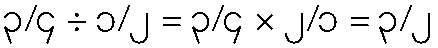
၃/၄ ÷ ၁/၂ = ၃/၄ × ၂/၁ = ၃/၂